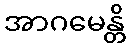
အာဂမေန္တိ